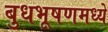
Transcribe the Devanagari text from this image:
बुधभूषणमध्ये